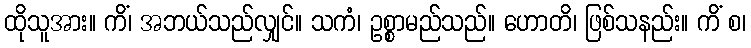
ထိုသူအား။ ကိံ၊ အဘယ်သည်လျှင်။ သကံ၊ ဥစ္စာမည်သည်။ ဟောတိ၊ ဖြစ်သနည်း။ ကိံ စ၊